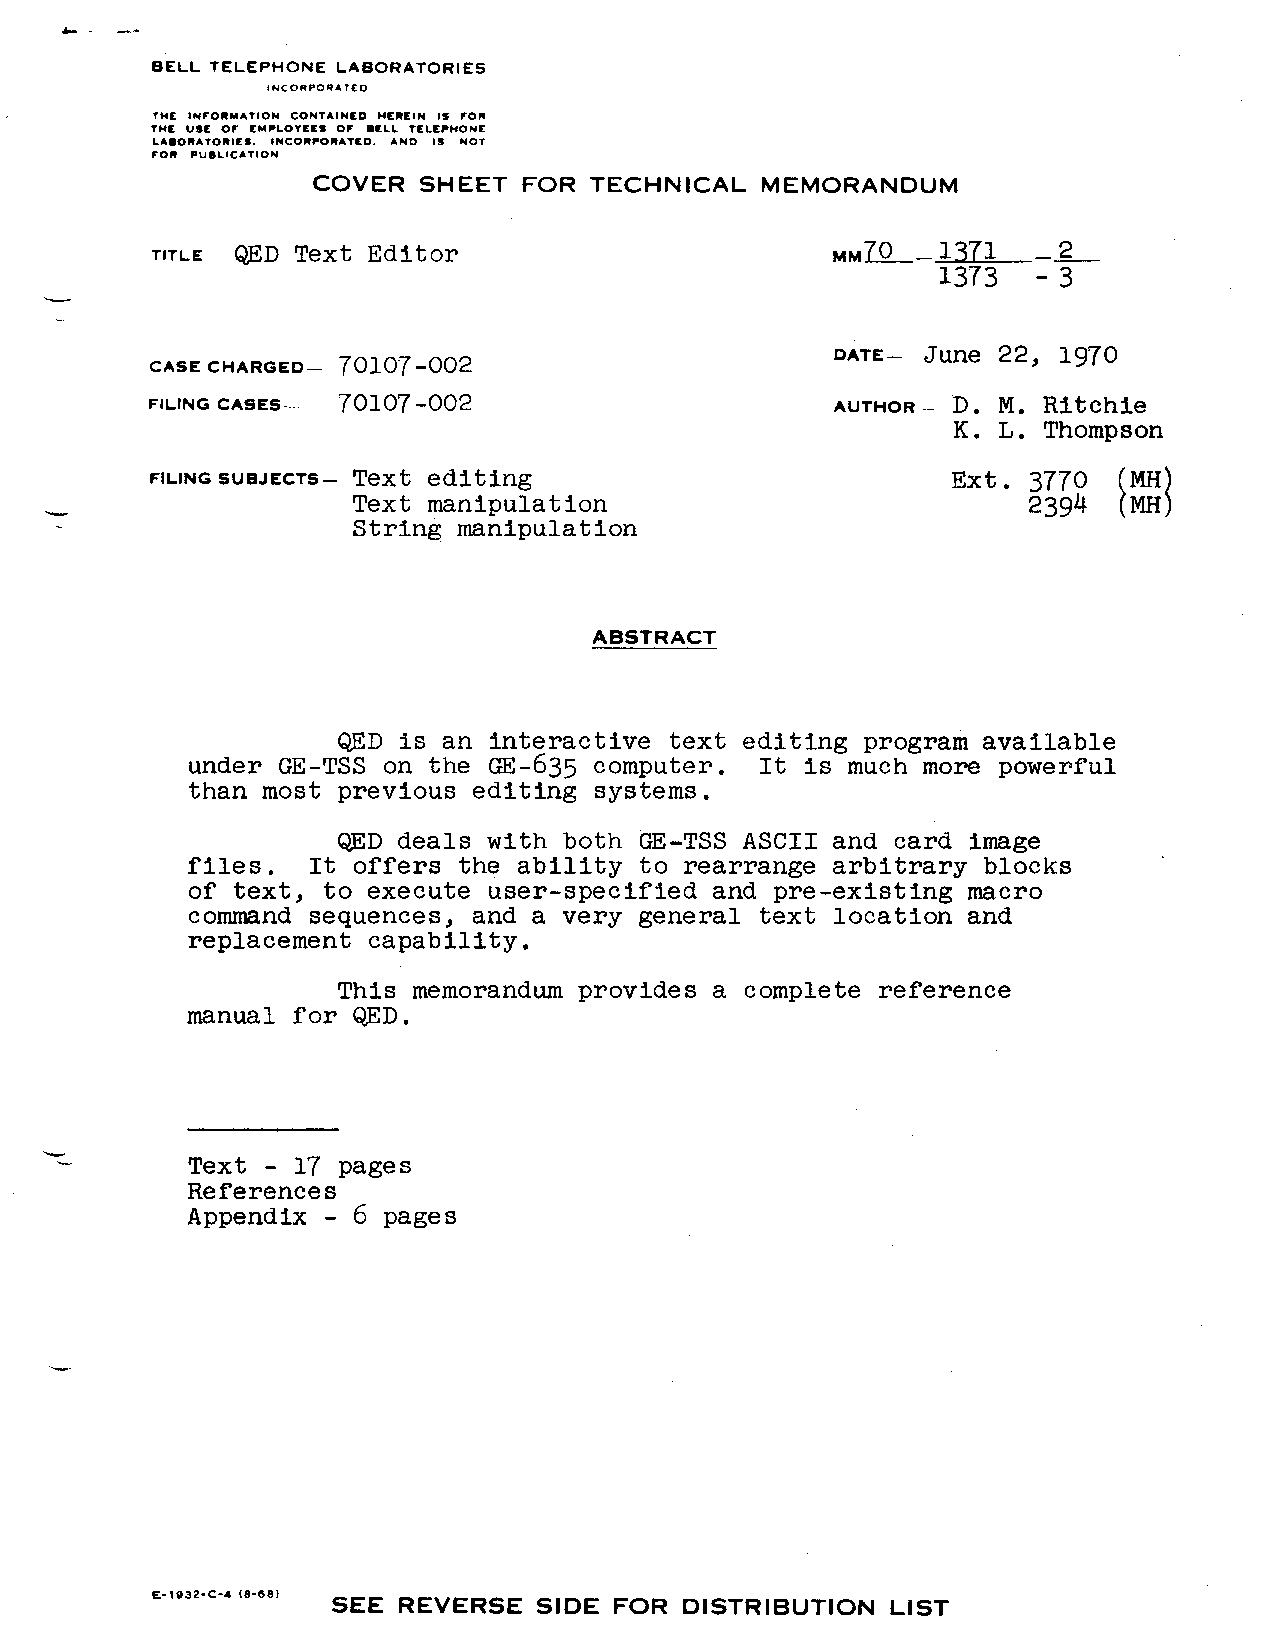
&----
 BELL TELEPHONE LABORATORIES
 INCORPORATED
 THE INFORMATION CONTAINED HEnCIN IS FOR
 THC USE OF cMPLOYc Es OF DELL TELEPHONE
 t.Am0RA70RIEs, INCORPORATED. AND IS NOT
 FOR PuBLICATION
 COVER  SHEET  FOR TECHNICAL  MEMORANDUM
 QED Text Editor
 TITLE                                        MM~–~–&_
 1373   -3
 —
 June 22, 1970
 7010’7-002                       DATE–
 CASE CHARGED–
 FILING CASES --- 70107-002                   AUTHOR -- D. M. Ritchie
 K. L. Thompson
 FILING SUBJECTS– Text editing                        Ext. 3770   MH
 Text manipulation                            2394  [M)H
 String manipulation
 ABSTRACT
 QED is an interactive text editing program available
 under GE-TSS on the GE-635 computer. It is much more powerful
 than most previous editing systems.
 QED deals with both GE-TSS ASCII and card image
 files.   It offers the ability to rearrange arbitrary blocks
 of text, to execute user-specified and pre-existing macro
 command sequences, and a very general text location and
 replacement capability.
 This memorandum provides a complete reference
 manual for QED.
 -
 Text  - 17 pages
 References
 Appendix  - 6 pages
 E-1932- C-4 (8-681 SEE REVERSE SIDE FOR DISTRIBUTION LIST